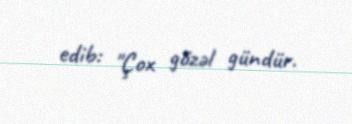
edib: "Çox gözəl gündür.